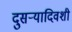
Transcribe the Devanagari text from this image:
दुसर्‍यादिवशी